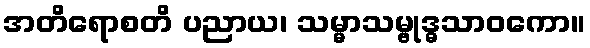
အတိရောစတိ ပညာယ၊ သမ္မာသမ္ဗုဒ္ဓသာဝကော။